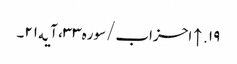
۱۹. ↑ احزاب/سوره۳۳، آیه۲۱۔